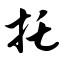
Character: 托